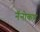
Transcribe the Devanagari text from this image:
नॅनोकण